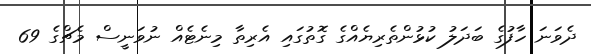
ދެވަނަ ހާފުގެ ބަދަލު ކުޅުންތެރިޔެއްގެ ގޮތުގައި އެރިތާ މިނެޓެއް ނުވަނީސް މެޗްގެ 69